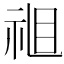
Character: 𱲶